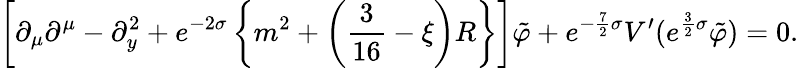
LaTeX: \left[\partial_{\mu}\partial^{\mu}-\partial_{y}^{2}+e^{-2\sigma}\left\{ m^{2}+\left(\frac{3}{16}-\xi\right)R\right\} \right]\tilde{\varphi}+e^{-\frac{7}{2}\sigma}V^{\prime}(e^{\frac{3}{2}\sigma}\tilde{\varphi})=0.